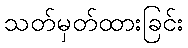
သတ်မှတ်ထားခြင်း